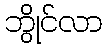
ဘွိုင်လာ